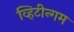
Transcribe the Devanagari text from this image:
व्हिटीन्गम